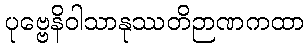
ပုဗ္ဗေနိဝါသာနုဿတိဉာဏကထာ